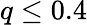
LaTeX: q\leq 0.4